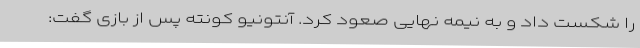
را شکست داد و به نیمه نهایی صعود کرد. آنتونیو کونته پس از بازی گفت: